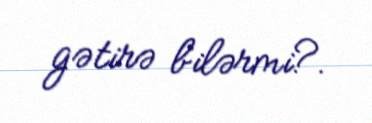
gətirə bilərmi?.